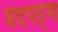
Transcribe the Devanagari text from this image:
वेदपठ्ण